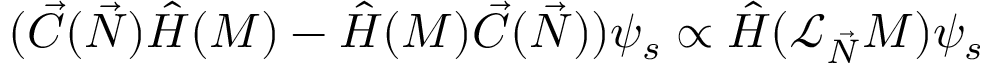
( { \vec { C } } ( { \vec { N } } ) { \hat { H } } ( M ) - { \hat { H } } ( M ) { \vec { C } } ( { \vec { N } } ) ) \psi _ { s } \propto { \hat { H } } ( { \mathcal { L } } _ { \vec { N } } M ) \psi _ { s }